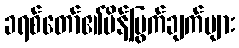
ခရစ်တော်၏မိန့်မြွက်ချက်များ